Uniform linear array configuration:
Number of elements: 4
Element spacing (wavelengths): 0.25
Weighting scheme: cosine
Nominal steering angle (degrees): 60
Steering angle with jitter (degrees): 58.104
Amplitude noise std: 0.05
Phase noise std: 0.05

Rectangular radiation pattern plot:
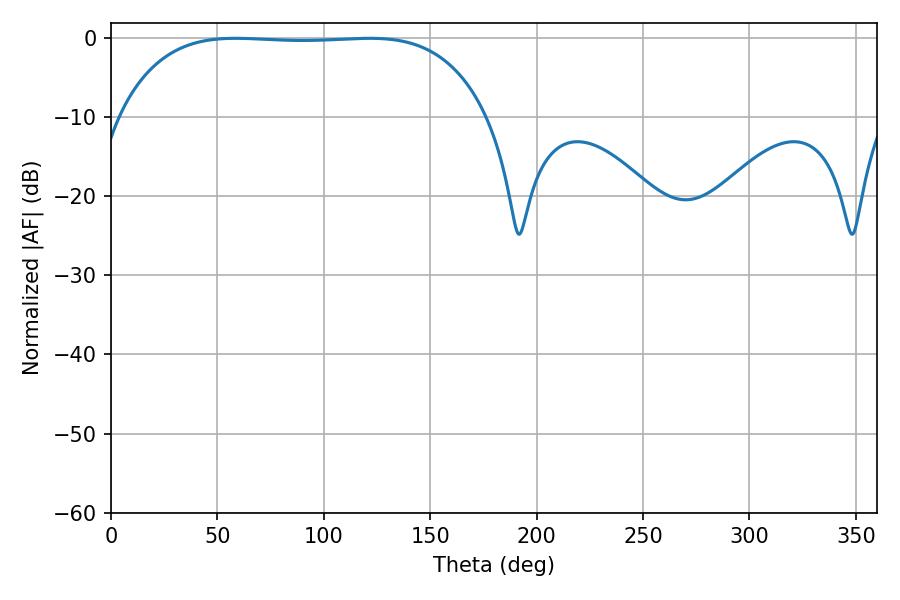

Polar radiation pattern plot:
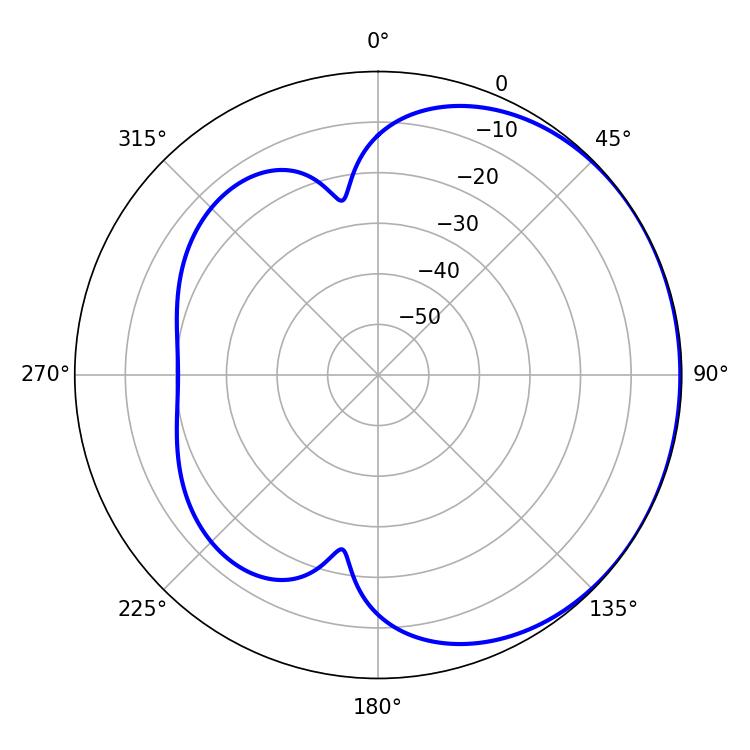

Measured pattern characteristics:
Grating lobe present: FALSE
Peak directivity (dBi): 0.6865
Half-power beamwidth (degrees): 135
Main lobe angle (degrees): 58.5